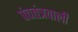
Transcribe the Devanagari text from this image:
पंचतंत्रवाली